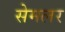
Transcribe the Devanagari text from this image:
सेमलर